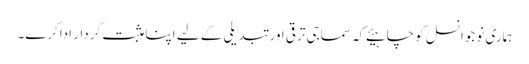
ہماری نوجوانسل کو چاہیئے کہ سماجی ترقی اور تبدیلی کے لیے اپنا مثبت کردار اداکرے۔